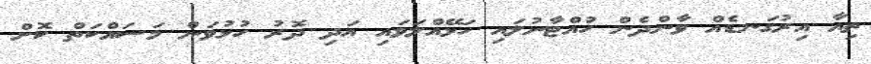
ތިއާ އިރުގަނޑެއް ވާންދެން ހުއްޓާނުލައި ހަޅޭއްލަވައި އަދި ދޮރު ހުޅުވަން މަސައްކަތް ކޮށް